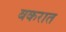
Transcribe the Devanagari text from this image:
बकरात